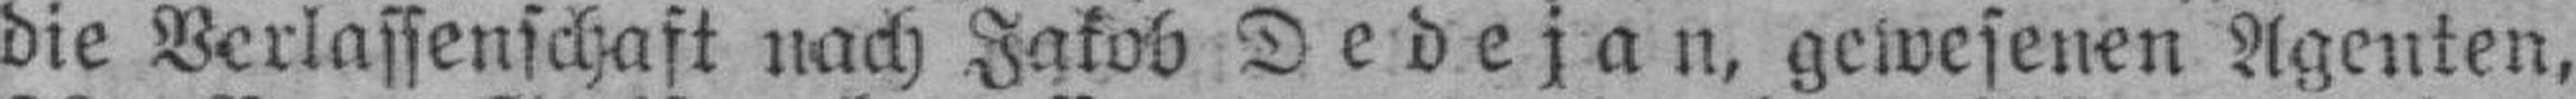
die Verlassenschaft nach Jakob Dedejan, gewesenen Agenten,